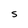
Character: S